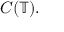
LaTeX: C ( \mathbb { T } ) .